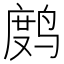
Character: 𫛻